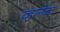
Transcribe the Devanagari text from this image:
व्हानेक